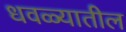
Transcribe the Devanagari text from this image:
धवळ्यातील